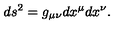
d s ^ { 2 } = g _ { \mu \nu } d x ^ { \mu } d x ^ { \nu } .